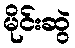
မိုင်းဆွဲ